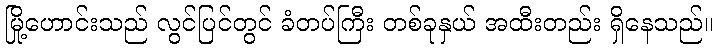
မြို့ဟောင်းသည် လွင်ပြင်တွင် ခံတပ်ကြီး တစ်ခုနှယ် အထီးတည်း ရှိနေသည်။